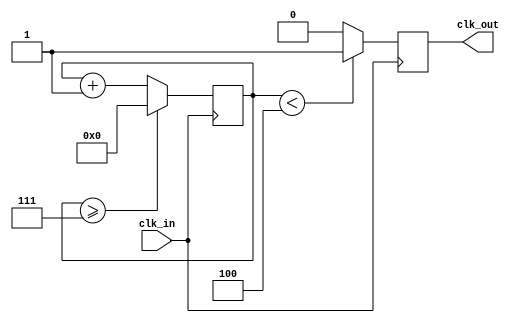
module clkdiv #(
    parameter DIVISOR = 8  // The divisor of the input clock
)(
    input      clk_in,    // input clock
    output reg clk_out    // output clock after dividing the input clock by divisor
);

reg[7:0] counter = 8'd0;

always @(posedge clk_in)
begin
    counter <= counter + 8'd1;
    if(counter>=(DIVISOR-1))
        counter <= 0;
    clk_out <= (counter<DIVISOR/2)?1'b1:1'b0;
end

endmodule